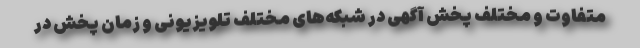
متفاوت و مختلف پخش آگهی در شبکه‌های مختلف تلویزیونی و زمان پخش در